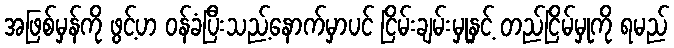
အဖြစ်မှန်ကို ဖွင့်ဟ ဝန်ခံပြီးသည့်နောက်မှာပင် ငြိမ်းချမ်းမှုနှင့် တည်ငြိမ်မှုကို ရမည်